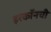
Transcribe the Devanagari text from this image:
इरकॉनची